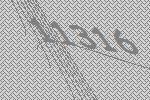
11316